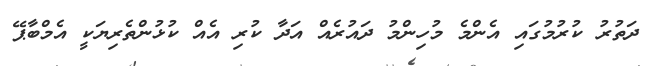
ދަތުރު ކުރުމުގައި އެންމެ މުހިންމު ދައުރެއް އަދާ ކުރި އެއް ކުޅުންތެރިޔަކީ އެމްބާޕޭ